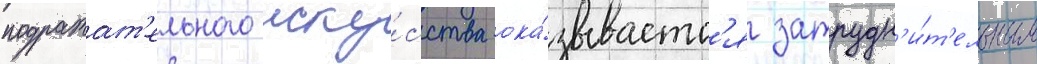
подражат'ельного иску́сства ока́зываетс'я затрудн'и́т'ельным